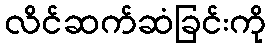
လိင်ဆက်ဆံခြင်းကို